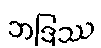
ဘဒြဿ